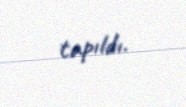
tapıldı.